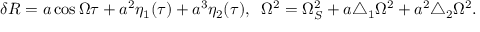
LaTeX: \delta R = a \cos \Omega \tau + a ^ { 2 } \eta _ { 1 } ( \tau ) + a ^ { 3 } \eta _ { 2 } ( \tau ) , \; \; \Omega ^ { 2 } = \Omega _ { S } ^ { 2 } + a \triangle _ { 1 } \Omega ^ { 2 } + a ^ { 2 } \triangle _ { 2 } \Omega ^ { 2 } .